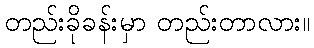
တည်းခိုခန်းမှာ တည်းတာလား။